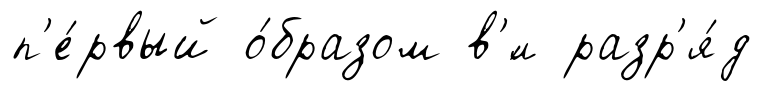
п'е́рвый о́бразом в'́л разр'я́д